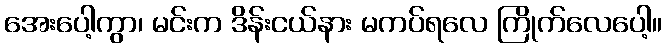
အေးပေါ့ကွာ၊ မင်းက ဒိန်းငယ်နား မကပ်ရလေ ကြိုက်လေပေါ့။